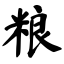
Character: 粮